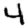
Digit: 4